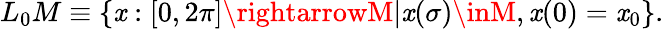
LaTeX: L_{0}M\equiv\{ \mathit{x}:[0,2\pi]\rightarrowM|\mathit{x}(\sigma)\inM,\mathit{x}(0)=\mathit{x}_{0}\} .